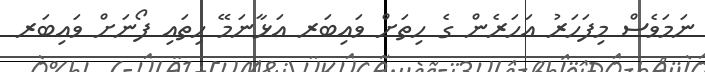
ނަމަވެސް މިފަހަރު އަހަރެން ގެ ހިތަށް ވައިބަރ އަޅާނަމޭ ހިތައި ފޯނަށް ވައިބަރ